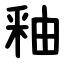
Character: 釉